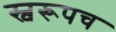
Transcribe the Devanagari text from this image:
स्वरूपच